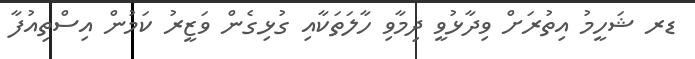
ޑރ ޝަހީމު އިތުރަށް ވިދާޅުވީ ދިމާވި ހާލަތަކާއި ގުޅިގެން ވަޒީރު ކަމުން އިސްތިއުފާ